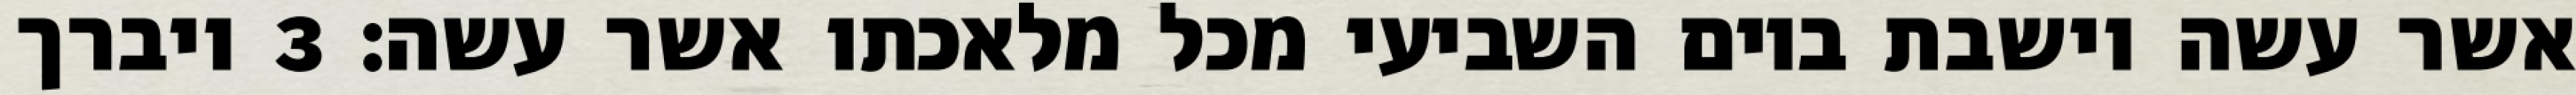
אשר עשה וישבת ביום השביעי מכל מלאכתו אשר עשה׃ ‎3‏ ויברך